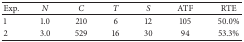
<table><thead><tr><td><b>Exp.</b></td><td><b><i>N </i></b></td><td><b><i>C </i></b></td><td><b><i>T </i></b></td><td><b><i>S </i></b></td><td><b>ATF</b></td><td><b>RTE</b></td></tr></thead><tbody><tr><td>1</td><td>1.0</td><td>210</td><td>6</td><td>12</td><td>105</td><td>50.0%</td></tr><tr><td>2</td><td>3.0</td><td>529</td><td>16</td><td>30</td><td>94</td><td>53.3%</td></tr></tbody></table>